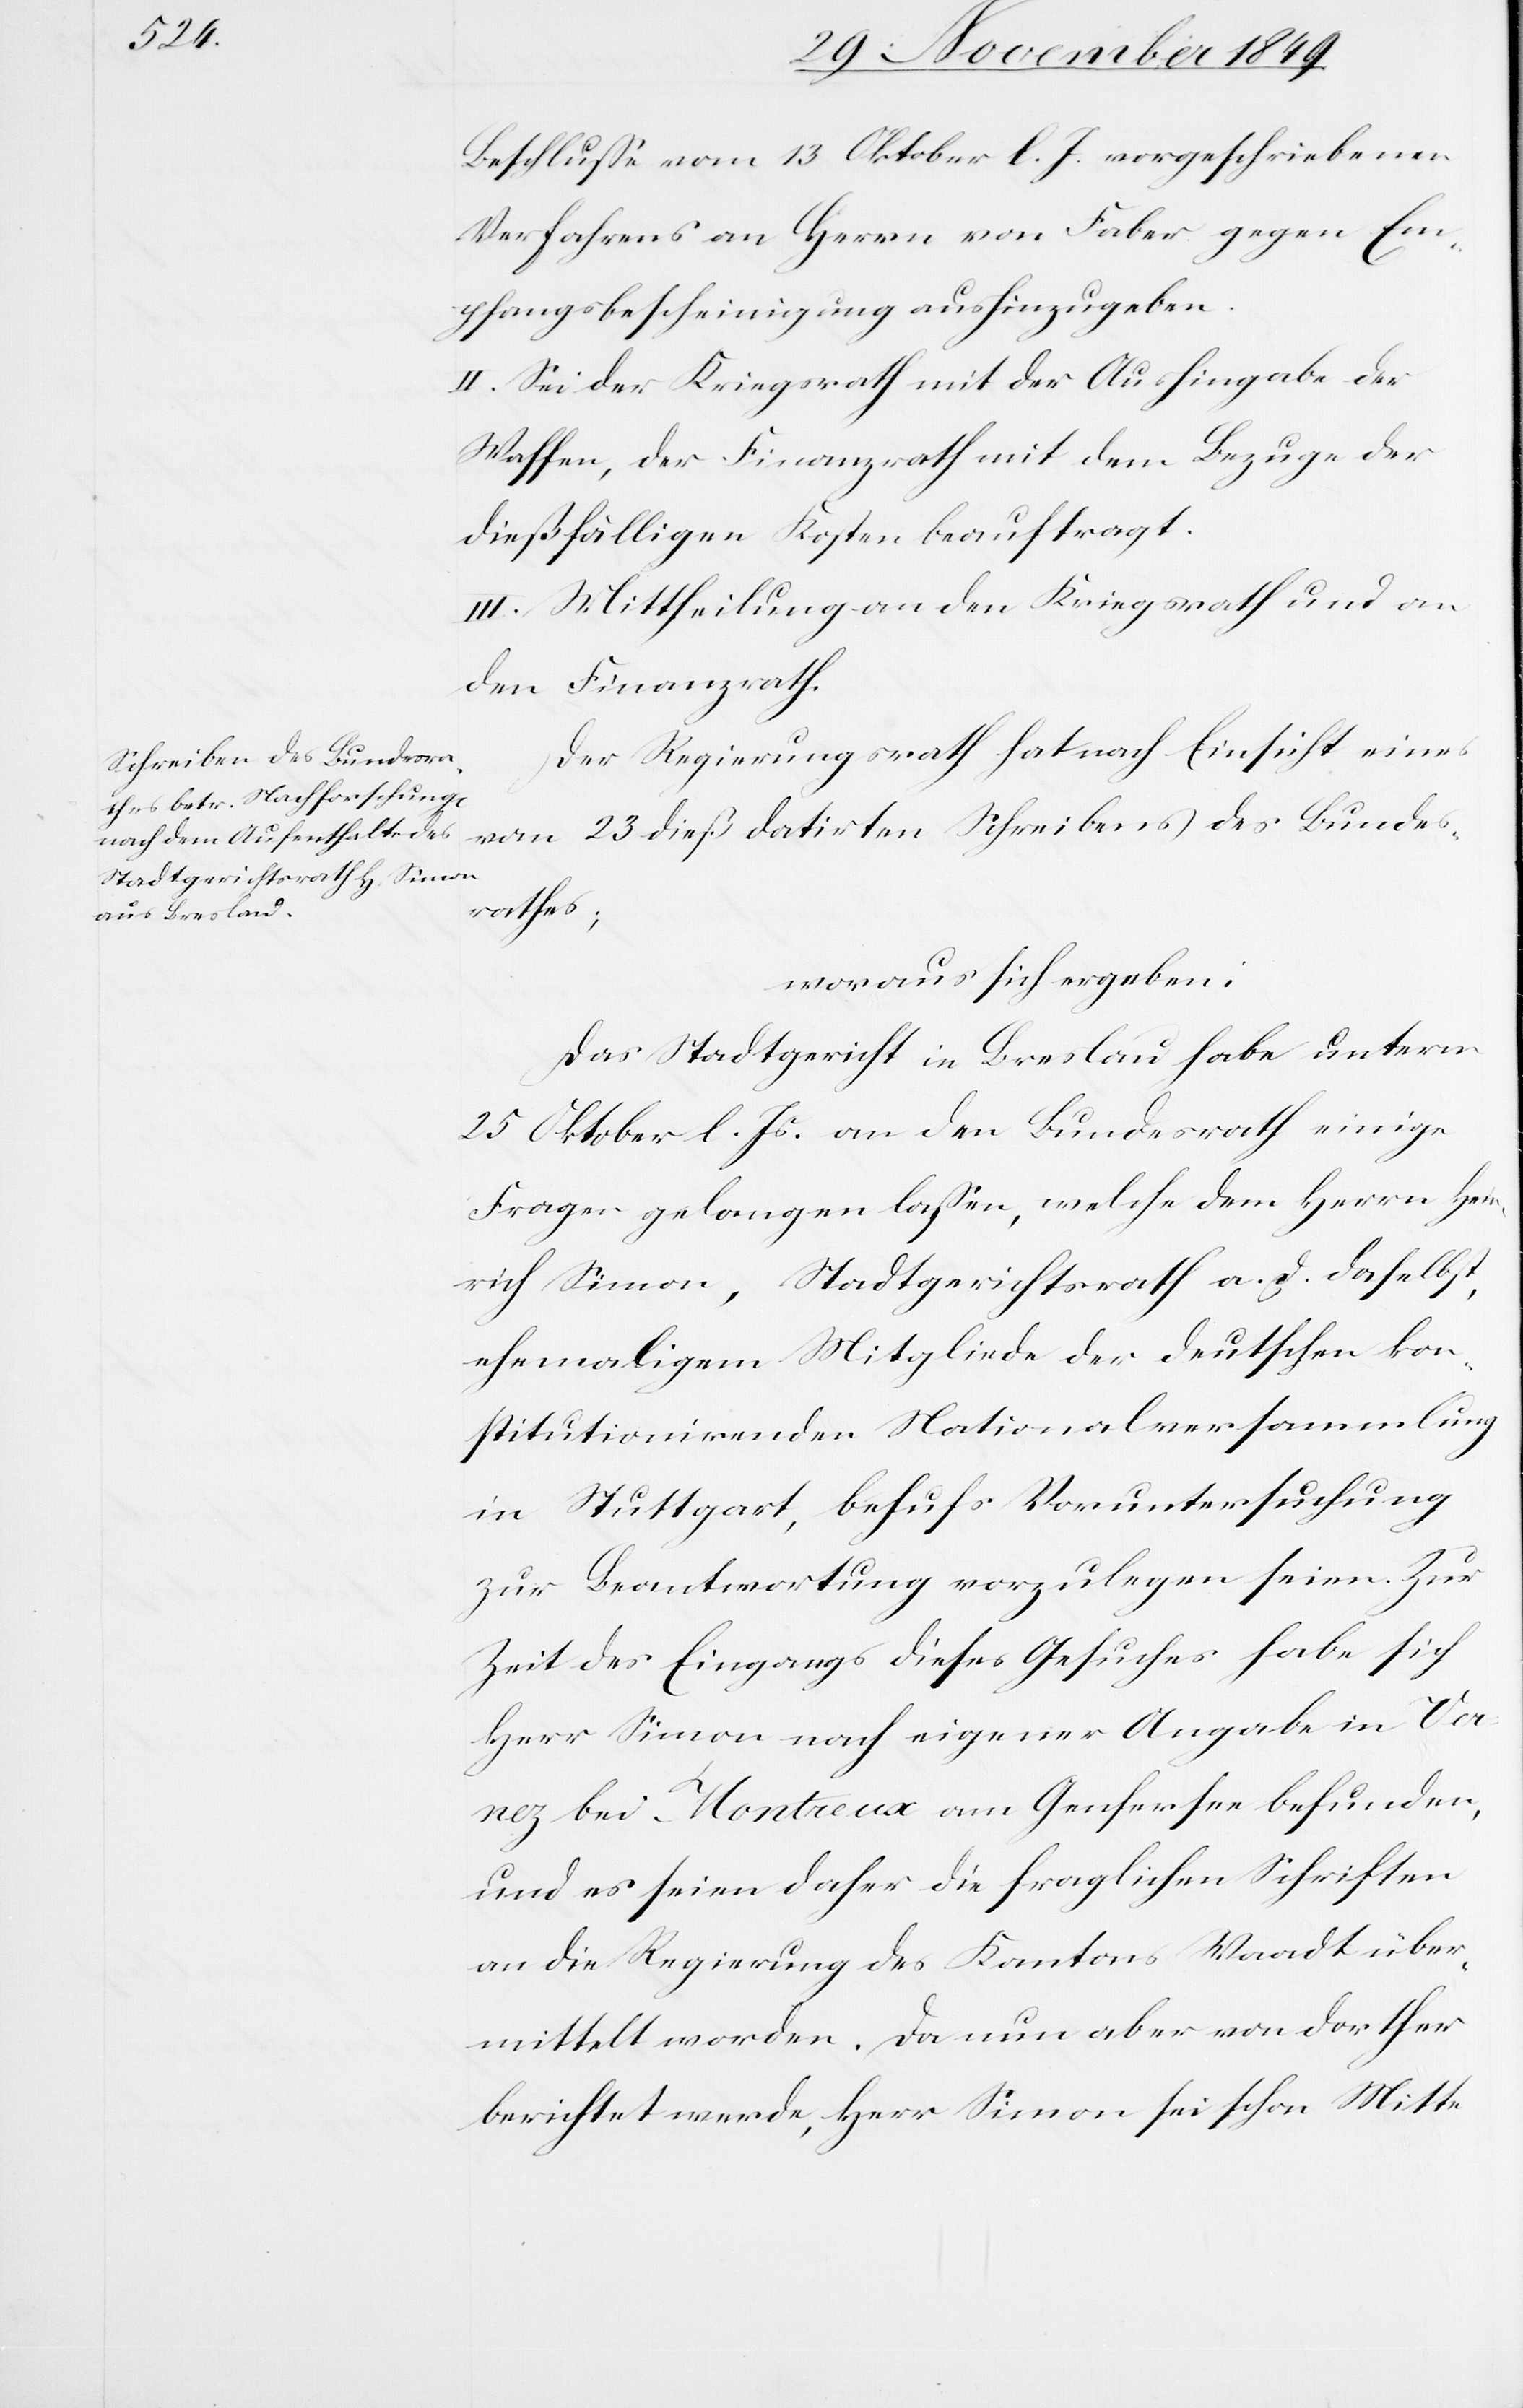
Beschluße vom 13 Oktober l. J. vorgeschriebenen
Verfahrens an Herrn von Faber gegen Em¬
pfangsbescheinigung aushinzugeben.
II. Sei der Kriegsrath mit der Aushingabe der
Waffen, der Finanzrath mit dem Bezuge der
dießfälligen Kosten beauftragt.
III. Mittheilung an den Kriegsrath und an
den Finanzrath.
Der Regierungsrath hat nach Einsicht eines
vom 23 dieß datirten Schreiben des Bundes¬
rathes;
woraus sich ergeben:
Das Stadtgericht in Breslau habe unterm
25 Oktober l. Js. an den Bundesrath einige
Fragen gelangen laßen, welche dem Herrn Hein¬
rich Simon, Stadtgerichtsrath a. d. daselbst,
ehemaligem Mitgliede der deutschen kon¬
stitutionirenden Nationalversammlung
in Stuttgart, behufs Voruntersuchung
zur Beantwortung vorzulegen seien. Zur
Zeit des Eingangs dieses Gesuches habe sich
Herr Simon nach eigener Angabe in Ver¬
nez bei Montreux am Genfersee befunden,
und es seien daher die fraglichen Schriften
an die Regierung des Kantons Waadt über¬
mittelt worden. Da nun aber von dorther
berichtet werde, Herr Simon sei schon Mitte